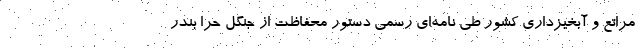
مراتع و آبخیزداری کشور طی نامه‌ای رسمی دستور محفاظت از جنگل حرّا بندر